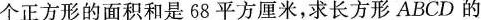
个正方形的面积和是68平方厘米，求长方形ABCD的